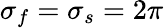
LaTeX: \sigma_{f}=\sigma_{s}=2\pi